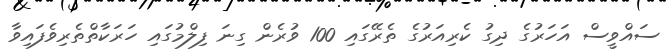
ސައްވީސް އަހަރުގެ ދިގު ކެރިއަރުގެ ތެރޭގައި 100 ވުރެން ގިނަ ފިލްމުގައި ހަރަކާތްތެރިވެފައިވާ